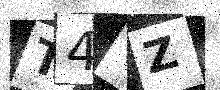
Text: T4YZ